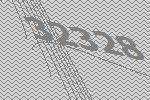
32328